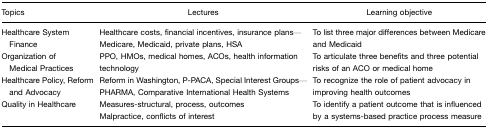
<table><thead><tr><td><b>Topics</b></td><td><b>Lectures</b></td><td><b>Learning objective</b></td></tr></thead><tbody><tr><td>Healthcare System Finance</td><td>Healthcare costs, financial incentives, insurance plans—Medicare, Medicaid, private plans, HSA</td><td>To list three major differences between Medicare and Medicaid</td></tr><tr><td>Organization of Medical Practices</td><td>PPO, HMOs, medical homes, ACOs, health information technology</td><td>To articulate three benefits and three potential risks of an ACO or medical home</td></tr><tr><td>Healthcare Policy, Reform and Advocacy</td><td>Reform in Washington, P-PACA, Special Interest Groups—PHARMA, Comparative International Health Systems</td><td>To recognize the role of patient advocacy in improving health outcomes</td></tr><tr><td>Quality in Healthcare</td><td>Measures-structural, process, outcomesMalpractice, conflicts of interest</td><td>To identify a patient outcome that is influenced by a systems-based practice process measure</td></tr></tbody></table>